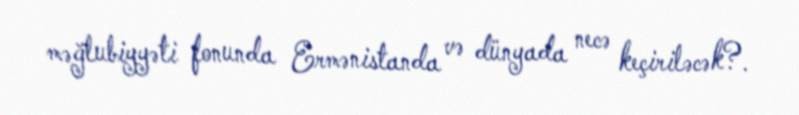
məğlubiyyəti fonunda Ermənistanda və dünyada necə keçiriləcək?.